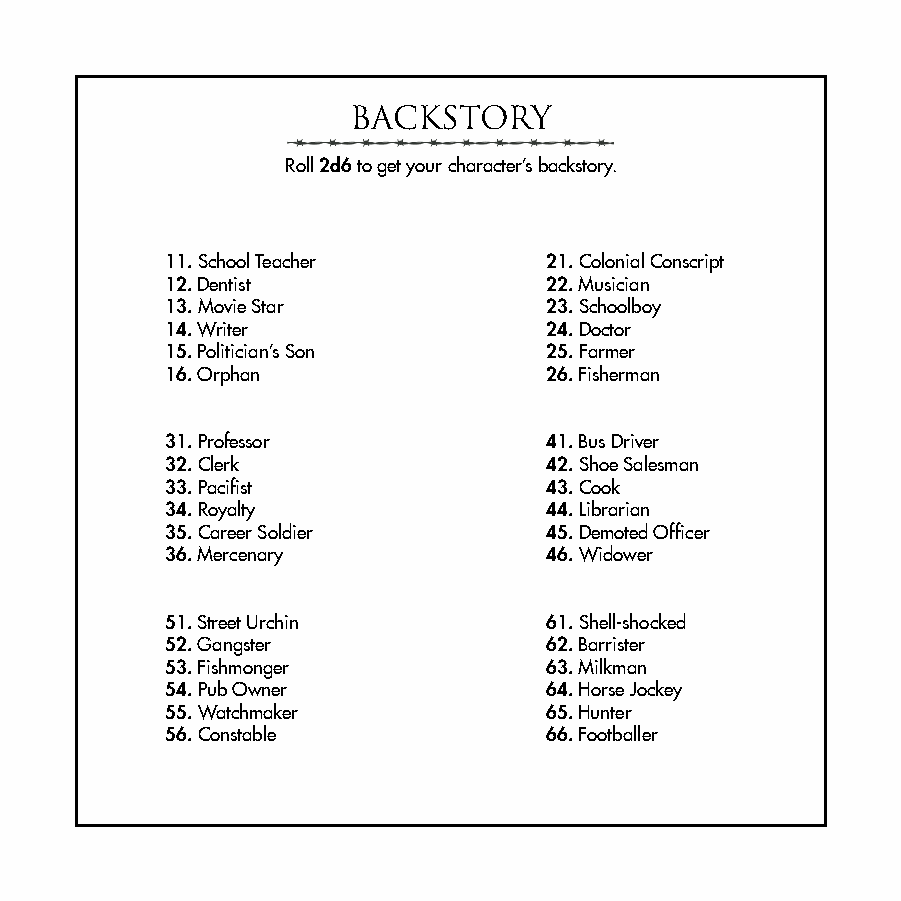
BACKSTORY
 Roll 2d6 to get your character’s backstory.
 11. School Teacher       21. Colonial Conscript
 12. Dentist              22. Musician
 13. Movie Star           23. Schoolboy
 14. Writer               24. Doctor
 15. Politician’s Son     25. Farmer
 16. Orphan               26. Fisherman
 31. Professor            41. Bus Driver
 32. Clerk                42. Shoe Salesman
 33. Pacifist             43. Cook
 34. Royalty              44. Librarian
 35. Career Soldier       45. Demoted Officer
 36. Mercenary            46. Widower
 51. Street Urchin        61. Shell-shocked
 52. Gangster             62. Barrister
 53. Fishmonger           63. Milkman
 54. Pub Owner            64. Horse Jockey
 55. Watchmaker           65. Hunter
 56. Constable            66. Footballer